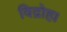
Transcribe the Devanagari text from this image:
विद्रोह।